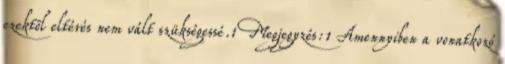
ezektõl eltérés nem vált szükségessé.1 Megjegyzés:1 Amennyiben a vonatkozó